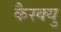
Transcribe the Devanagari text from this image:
कैस्क्यु